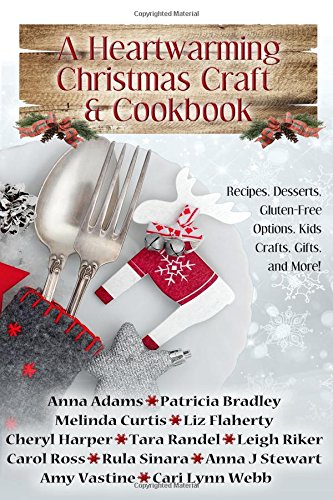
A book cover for A Heartwarming Christmas Craft & Cookbook; Melinda Curtis; Cookbooks, Food & Wine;